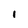
Character: 1